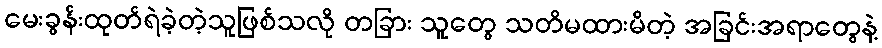
မေးခွန်းထုတ်ရဲခဲ့တဲ့သူဖြစ်သလို တခြား သူတွေ သတိမထားမိတဲ့ အခြင်းအရာတွေနဲ့